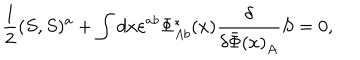
\frac { 1 } { 2 } ( S , S ) ^ { a } + \int d x \varepsilon ^ { a b } \Phi _ { A b } ^ { * } ( x ) \frac { \delta } { \delta { \bar { \Phi } ( x ) } _ { A } } S = 0 ,